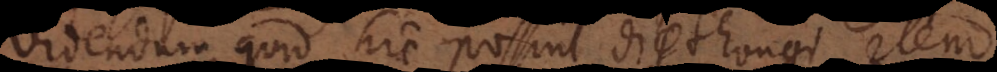
Videndum quid hic possint diphthongi, item